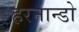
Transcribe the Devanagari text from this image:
हरनान्डो